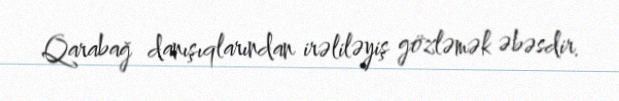
Qarabağ danışıqlarından irəliləyiş gözləmək əbəsdir.